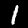
Digit: 1